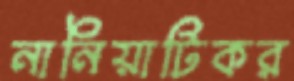
নানিয়াটিকর